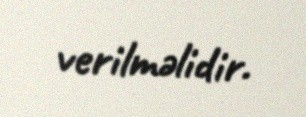
verilməlidir.